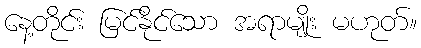
နေ့တိုင်း မြင်နိုင်သော အရာမျိုး မဟုတ်။